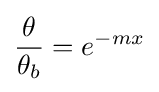
{\frac {\theta }{\theta _{b}}}=e^{-mx}